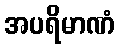
အပရိမာဏံ